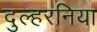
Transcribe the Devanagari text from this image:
दुल्हरनिया